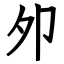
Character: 夘